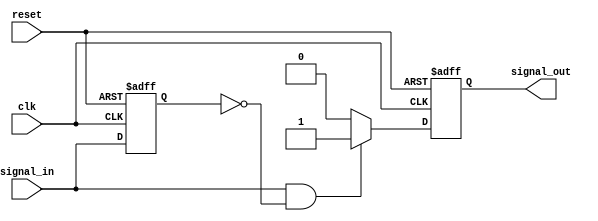
module positive_edge_detector (
    input wire clk,          // Clock signal
    input wire reset,        // Reset signal
    input wire signal_in,    // Input signal to be monitored
    output reg signal_out     // Output signal indicating a rising edge
);

// Internal register to hold the previous state of the input signal
reg previous_state;

// Synchronous process to detect rising edge
always @(posedge clk or posedge reset) begin
    if (reset) begin
        // Initialize the output and previous state on reset
        signal_out <= 1'b0;
        previous_state <= 1'b0;
    end else begin
        // Detect rising edge
        if (signal_in && !previous_state) begin
            signal_out <= 1'b1; // Set output high on rising edge
        end else begin
            signal_out <= 1'b0; // Set output low otherwise
        end
        
        // Update the previous state
        previous_state <= signal_in;
    end
end

endmodule